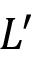
L ^ { \prime }